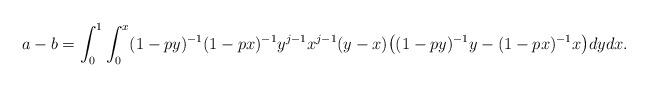
LaTeX: \begin{align*} a-b = \int_0^1 \int_0^x (1-py)^{-1}(1-px)^{-1}y^{j-1}x^{j-1}(y-x)\big((1-py)^{-1}y-(1-px)^{-1}x\big)dydx.\end{align*}